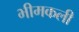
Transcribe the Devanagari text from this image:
भीमकली